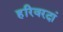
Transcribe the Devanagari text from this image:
हरिवरदां